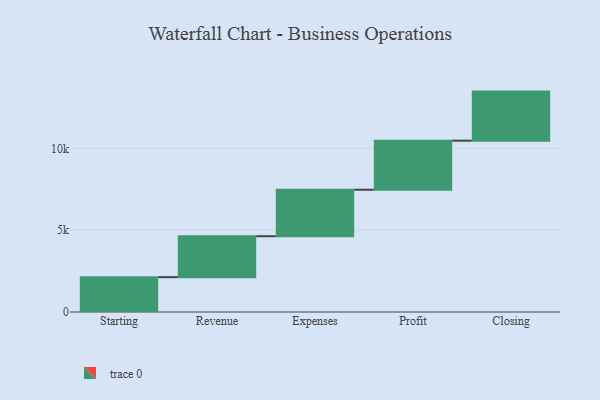
{"axis": {"x": "Step", "y": "Value"}, "legend": [""], "data": [{"x": "Starting", "y": 2130.0, "type": ""}, {"x": "Revenue", "y": 2502.0, "type": ""}, {"x": "Expenses", "y": 2842.0, "type": ""}, {"x": "Profit", "y": 3000, "type": ""}, {"x": "Closing", "y": 3000, "type": ""}]}